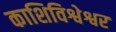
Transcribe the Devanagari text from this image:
काशिविश्वेश्वर